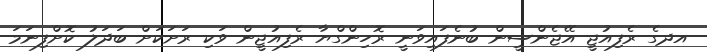
އދގެ ރެފިއުޖީ އޭޖެންސީން ބުނެފައިވަނީ ރޮހިންގްޔާ ރެފިއުޖީން ވަކި ރަށަކަށް ބަދަލު ކޮށްފިނަމަ